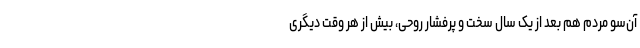
آن‌سو مردم هم بعد از یک سال سخت و پرفشار روحی، بیش از هر وقت دیگری